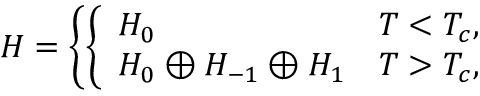
H = \left\{ \left\{ \begin{array} { l l } { { H _ { 0 } } } & { { T < T _ { c } , } } \\ { { H _ { 0 } \oplus H _ { - 1 } \oplus H _ { 1 } } } & { { T > T _ { c } , } } \end{array} \right. \right.